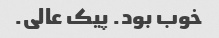
خوب بود. پیک عالی.